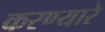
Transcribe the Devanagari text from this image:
करण्यारे